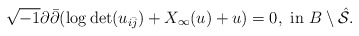
\begin{align*}\sqrt{-1}\partial\bar{\partial}(\log {\rm det} (u_{i\bar{j}})+X_\infty(u)+u)=0, ~{\rm in }~ B\setminus \mathcal{\hat S}.\end{align*}